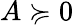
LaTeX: A\succcurlyeq 0